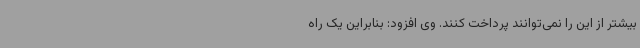
بیشتر از این را نمی‌توانند پرداخت کنند. وی افزود: بنابراین یک راه